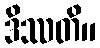
ဒိဿတိ။